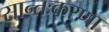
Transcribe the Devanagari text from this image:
सान्तःकरणा